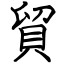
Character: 貿